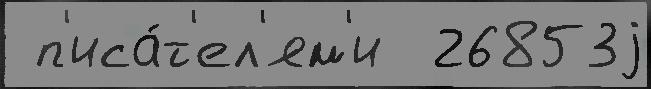
 п'иса́т'ел'ям'и  26853j